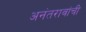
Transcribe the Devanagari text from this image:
अनंतरावांची